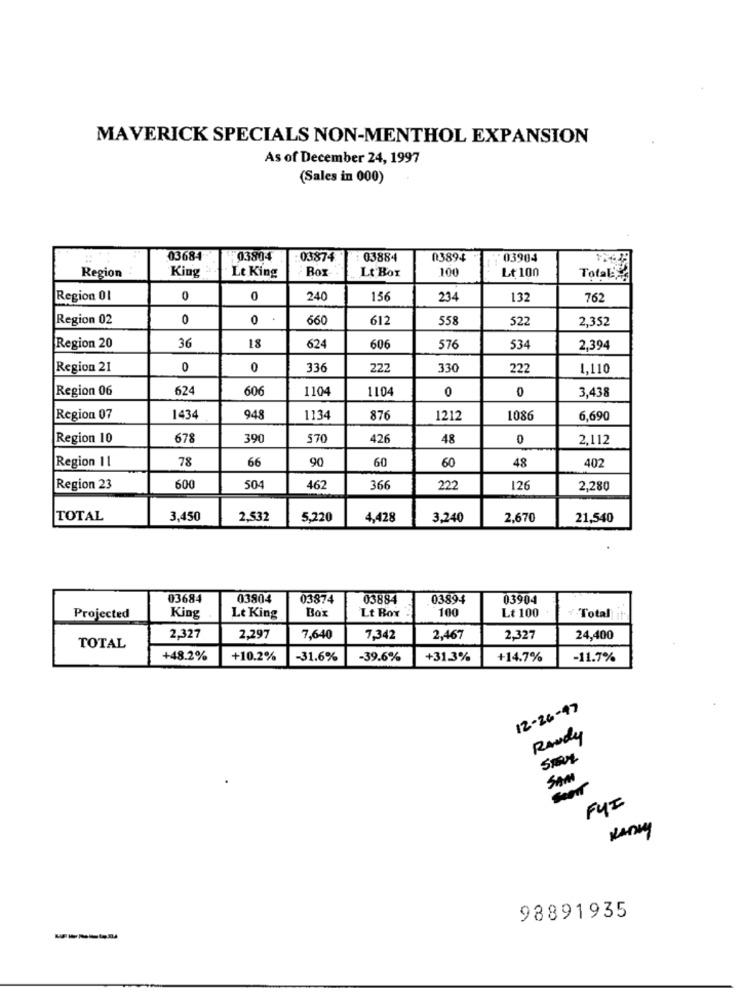
MAVERICK SPECIALS NON-MENTHOL EXPANSION
As of December 24, 1997
(Sales in 000)
03684
03804
03874
03884
03894
03904
Region
King
Lt King
Box
Lt Bor
100
Lt 100
Total#
Region 01
0
0
240
156
234
132
762
Region 02
0
0
660
612
558
52
2,352
36
Region 20
18
624
606
576
534
2,394
Region 21
0
0
336
22
330
222
1,110
Region 06
624
606
1104
1104
0
0
3,438
Region 07
1434
948
1134
87
1212
1086
6,690
Region 10
678
390
570
426
48
0
2,112
Region 11
78
66
90
60
60
48
402
Region 23
600
504
462
366
222
126
2,280
TOTAL
3,450
2,532
5,220
4,428
3.240
2,670
21,540
03684
03804
03874
03884
03894
03904
Box
100
Lt 100
Projected
King
Lt King
Lt Box
"Total
2,327
2,297
7,640
7,342
2,467
2,327
24,400
TOTAL
+48.2%
+10.2%
-31.6%
-39.6%
+31.3%
+14.7%
-11.7%
12-26-47
Randy
SAM
Seen
FYI
KANKY
98891935